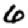
Digit: 6